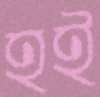
হই